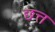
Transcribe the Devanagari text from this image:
छत्त